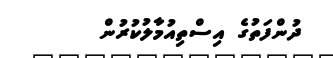
ދުންފަތުގެ އިސްތިއުމާލުކުރުން